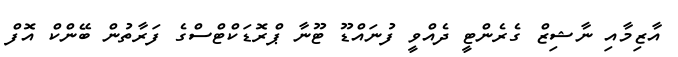
އާޒިމާއި ނާޝިޒް ގެރެންޓީ ދެއްވީ ފުނައްޑޫ ޓޫނާ ޕްރޮޑަކްޓްސްގެ ފަރާތުން ބޭންކް އޮފް